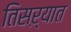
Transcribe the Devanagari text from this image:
तिसऱ्यात